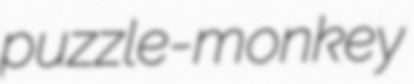
puzzle-monkey